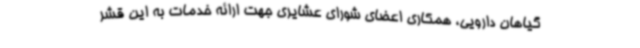
گیاهان دارویی، همکاری اعضای شورای عشایری جهت ارائه خدمات به این قشر